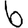
Digit: 6